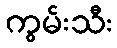
ကွမ်းသီး